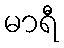
မာရီ